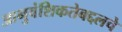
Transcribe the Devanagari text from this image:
आनुवंशिकतेबद्दलचे